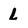
Character: L